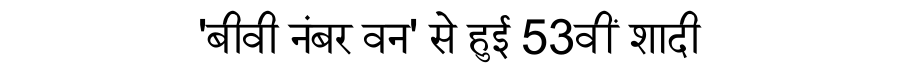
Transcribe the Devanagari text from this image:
'बीवी नंबर वन' से हुई 53वीं शादी